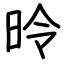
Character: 昤